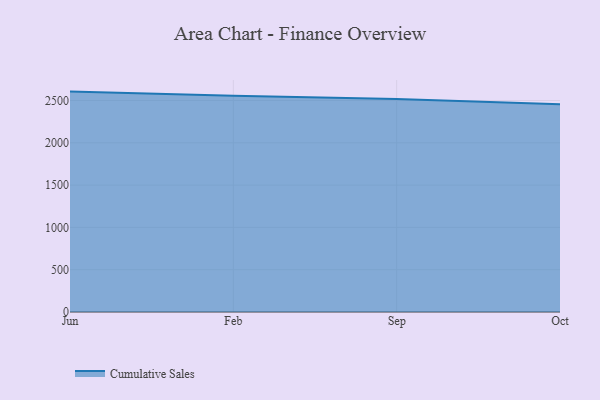
{"axis": {"x": "Month", "y": "Energy Usage (MWh)"}, "legend": ["Cumulative Sales"], "data": [{"x": "Jun", "y": 2605.2, "type": "Cumulative Sales"}, {"x": "Feb", "y": 2556.3, "type": "Cumulative Sales"}, {"x": "Sep", "y": 2518.4, "type": "Cumulative Sales"}, {"x": "Oct", "y": 2456.8, "type": "Cumulative Sales"}]}